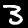
Digit: 3